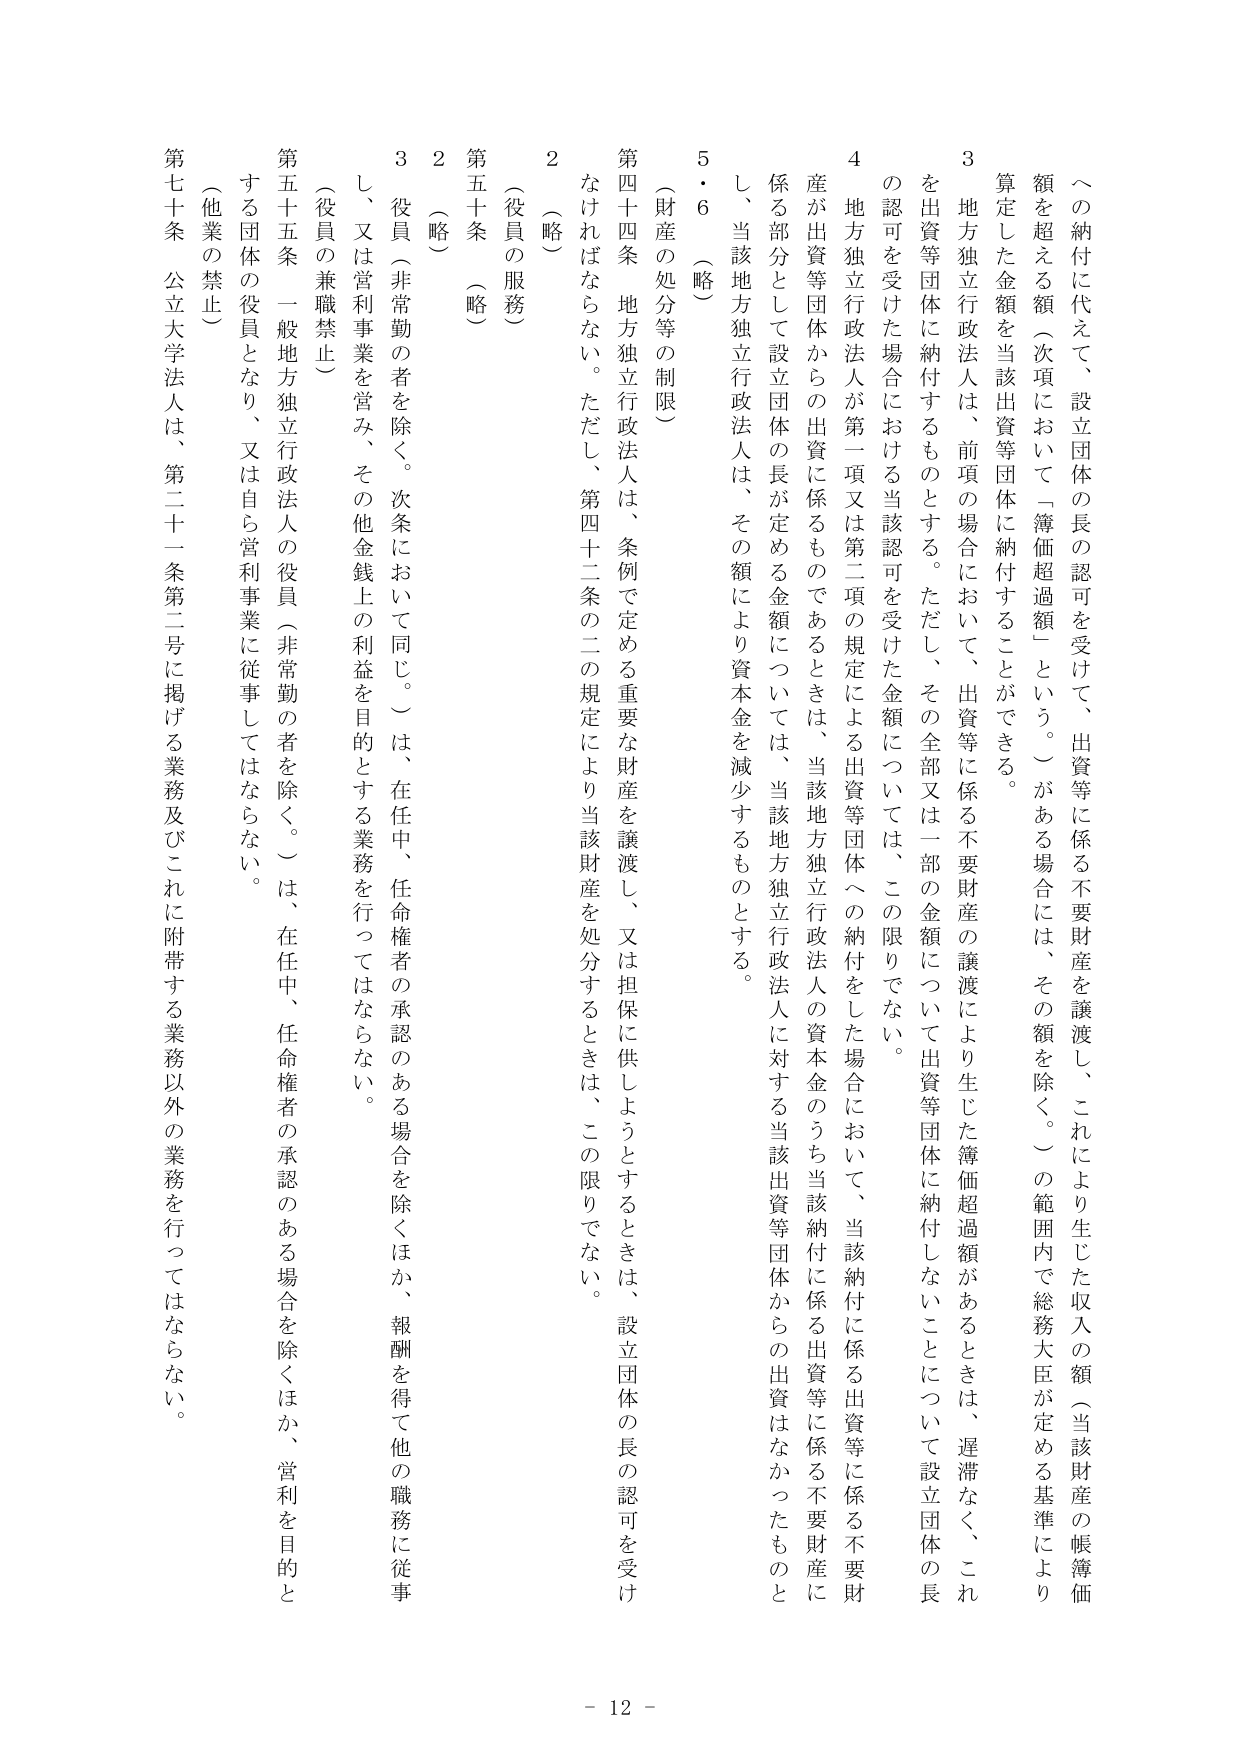
～の納付に代えて、設立団体の長の認可を受けて、出資等に係る不要財産を譲渡し、これにより生じた収入の額（当該財産の帳簿価額を超える額（次項において「簿価超過額」という。）がある場合には、その額を除く。）の範囲内で総務大臣が定める基準により算定した金額を当該出資等団体に納付することができる。

３　地方独立行政法人は、前項の場合において、出資等に係る不要財産の譲渡により生じた簿価超過額があるときは、遅滞なく、これを出資等団体に納付するものとする。ただし、その全部又は一部の金額について出資等団体に納付しないことについて設立団体の長の認可を受けた場合における当該認可を受けた金額については、この限りでない。

４　地方独立行政法人が第一項又は第二項の規定による出資等団体への納付をした場合において、当該納付に係る出資等に係る不要財産が出資等団体からの出資に係るものであるときは、当該地方独立行政法人の資本金のうち当該納付に係る出資等に係る不要財産に係る部分として設立団体の長が定める金額については、当該地方独立行政法人に対する当該出資等団体からの出資はなかったものとし、当該地方独立行政法人は、その額により資本金を減少するものとする。

５・６　（略）

（財産の処分等の制限）

第四十四条　地方独立行政法人は、条例で定める重要な財産を譲渡し、又は担保に供しようとするときは、設立団体の長の認可を受けなければならない。ただし、第四十二条の二の規定により当該財産を処分するときは、この限りでない。

２　（略）

（役員の服務）

第五十条　（略）

２　（略）

３　役員（非常勤の者を除く。次条において同じ。）は、在任中、任命権者の承認のある場合を除くほか、報酬を得て他の職務に従事し、又は営利事業を営み、その他金銭上の利益を目的とする業務を行ってはならない。

（役員の兼職禁止）

第五十五条　一般地方独立行政法人の役員（非常勤の者を除く。）は、在任中、任命権者の承認のある場合を除くほか、営利を目的とする団体の役員となり、又は自ら営利事業に従事してはならない。

（他業の禁止）

第七十条　公立大学法人は、第二十一条第二号に掲げる業務及びこれに附帯する業務以外の業務を行ってはならない。

- 12 -